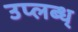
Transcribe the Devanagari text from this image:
उप्लब्ध्